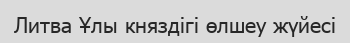
Литва Ұлы княздігі өлшеу жүйесі